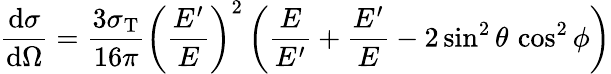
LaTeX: \frac{\mathrm{d}\sigma}{\mathrm{d}\Omega}=\frac{3\sigma_{\mathrm{T}}}{16\pi}\left(\frac{E^{\prime}}{E}\right)^{2}\left(\frac{E}{E^{\prime}}+\frac{E^{\prime}}{E}-2\sin^{2}\theta\, \cos^{2}\phi\right)